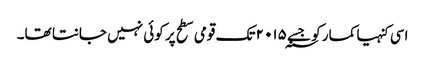
اسی کنہیا کمار کو جسے ۲۰۱۵؁ تک قومی سطح پر کوئی نہیں جانتا تھا۔